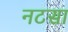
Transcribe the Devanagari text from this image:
नटसा